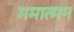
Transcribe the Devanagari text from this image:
ममात्मन